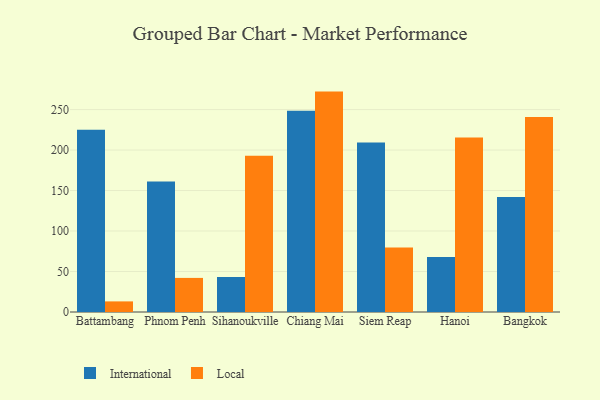
{"axis": {"x": "City", "y": "Tickets Resolved"}, "legend": ["International", "Local"], "data": [{"x": "Battambang", "y": 225.2, "type": "International"}, {"x": "Battambang", "y": 13.1, "type": "Local"}, {"x": "Phnom Penh", "y": 161.1, "type": "International"}, {"x": "Phnom Penh", "y": 42.1, "type": "Local"}, {"x": "Sihanoukville", "y": 43.2, "type": "International"}, {"x": "Sihanoukville", "y": 193.0, "type": "Local"}, {"x": "Chiang Mai", "y": 248.7, "type": "International"}, {"x": "Chiang Mai", "y": 272.2, "type": "Local"}, {"x": "Siem Reap", "y": 209.2, "type": "International"}, {"x": "Siem Reap", "y": 79.7, "type": "Local"}, {"x": "Hanoi", "y": 67.9, "type": "International"}, {"x": "Hanoi", "y": 215.4, "type": "Local"}, {"x": "Bangkok", "y": 142.0, "type": "International"}, {"x": "Bangkok", "y": 240.8, "type": "Local"}]}